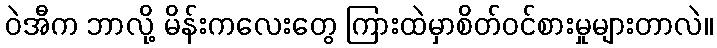
ဝဲအီက ဘာလို့ မိန်းကလေးတွေ ကြားထဲမှာစိတ်ဝင်စားမှုများတာလဲ။